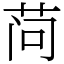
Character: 𬜬